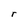
Character: r